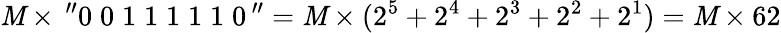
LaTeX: \mathit{M}\times\, ^{\prime\prime}0\; 0\; 1\; 1\; 1\; 1\; 1\; 0\, ^{\prime\prime}=\mathit{M}\times(2^{5}+2^{4}+2^{3}+2^{2}+2^{1})=\mathit{M}\times62